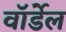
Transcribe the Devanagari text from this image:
वॉर्डेल